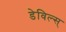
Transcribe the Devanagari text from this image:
डेविल्स्